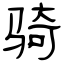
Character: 骑